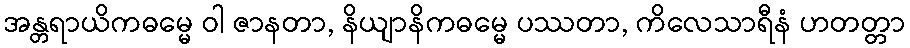
အန္တရာယိကဓမ္မေ ဝါ ဇာနတာ, နိယျာနိကဓမ္မေ ပဿတာ, ကိလေသာရီနံ ဟတတ္တာ